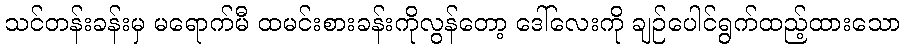
သင်တန်းခန်းမှ မရောက်မီ ထမင်းစားခန်းကိုလွန်တော့ ဒေါ်လေးကို ချဉ်ပေါင်ရွက်ထည့်ထားသော